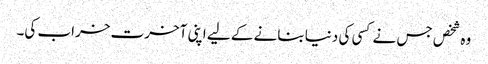
وہ شخص جس نے کسی کی دنیا بنانے کے لیے اپنی آخرت خراب کی۔